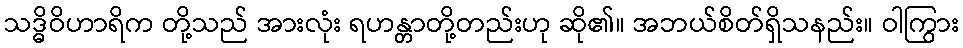
သဒ္ဓိဝိဟာရိက တို့သည် အားလုံး ရဟန္တာတို့တည်းဟု ဆို၏။ အဘယ်စိတ်ရှိသနည်း။ ဝါကြွား